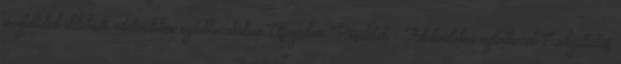
megtalálod oldalunk adatvédelmi nyilatkozatában.Elfogadom Részletek Adatvédelmi nyilatkozat Szolgáltatás